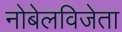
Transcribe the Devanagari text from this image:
नोबेलविजेता